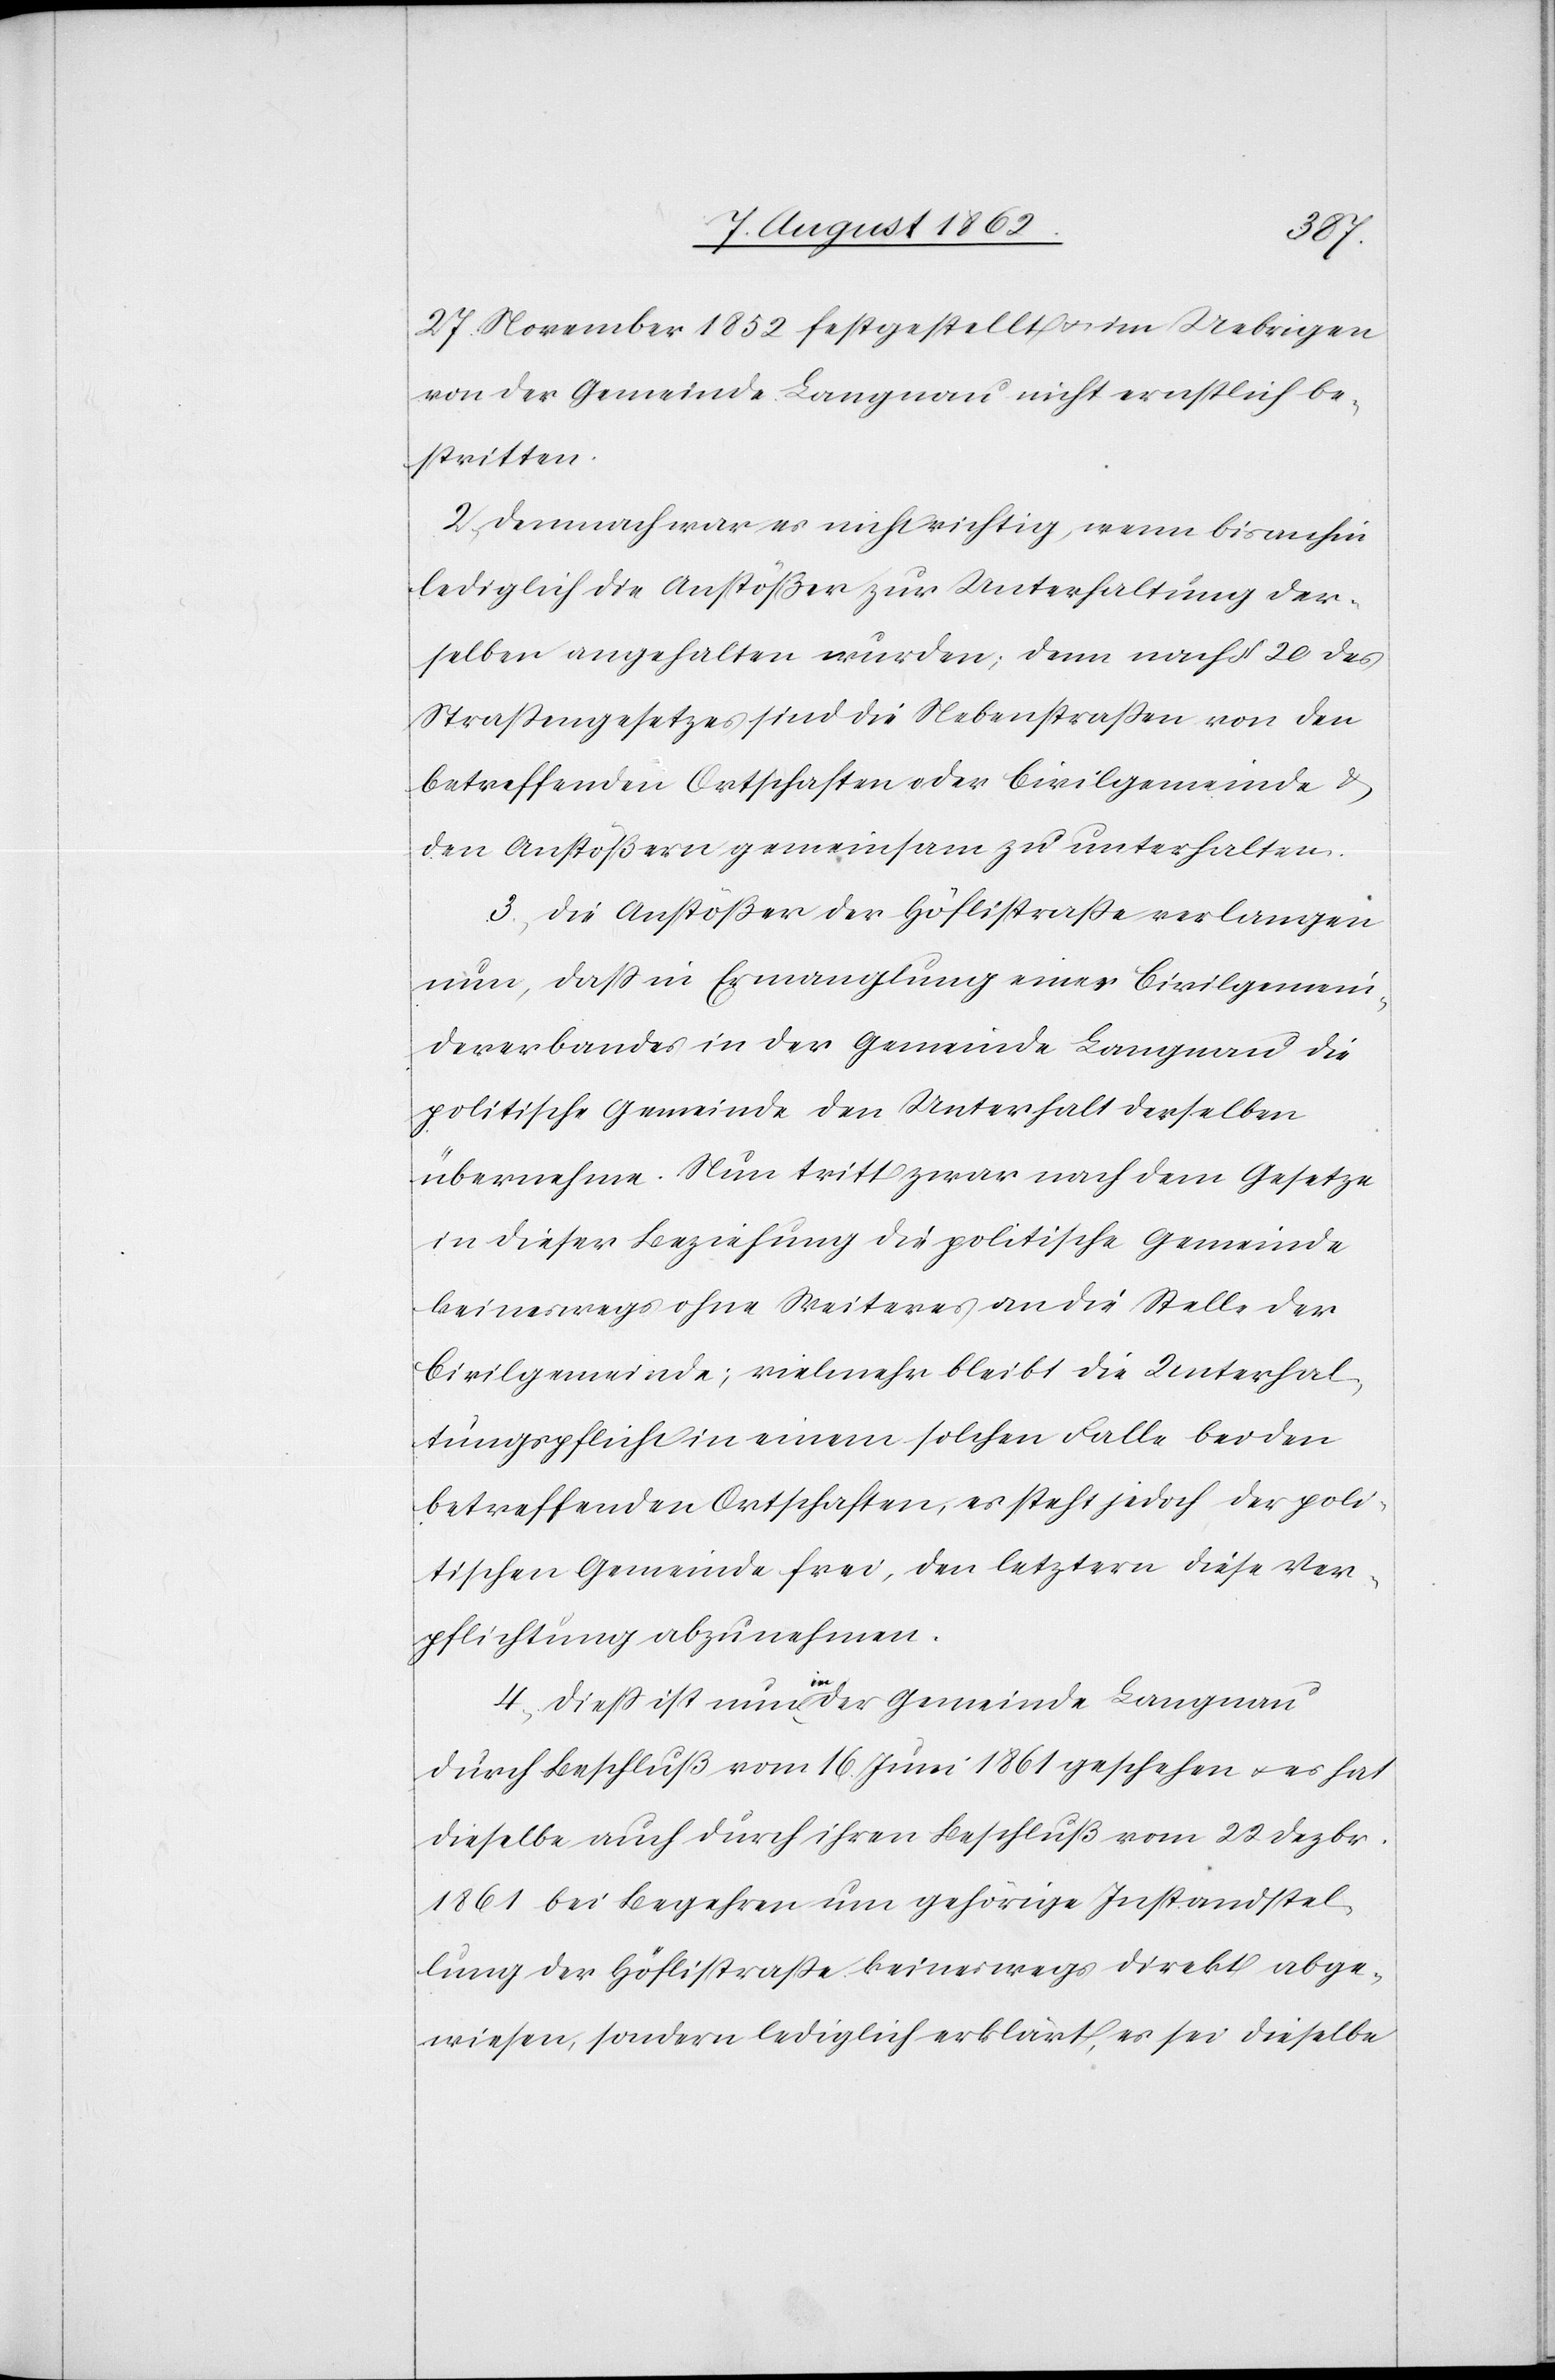
27. November 1852 festgestellt u. im Uebrigen
von der Gemeinde Langnau nicht ernstlich be¬
stritten.
2. Demnach war es nicht richtig, wenn bis anhin
lediglich die Anstößer zur Unterhaltung der¬
selben angehalten wurden, denn nach §. 20 des
Straßengesetzes sind die Nebenstraßen von den
betreffenden Ortschaften oder Civilgemeinde u.
den Anstößern gemeinsam zu unterhalten.
3. Die Anstößer der Höflistraße verlangen
nun, daß in Ermanglung eines Civilgemein¬
deverbandes in der Gemeinde Langnau die
politische Gemeinde den Unterhalt derselben
übernehme. Nun tritt zwar nach dem Gesetze
in dieser Beziehung die politische Gemeinde
keineswegs ohne Weiteres an die Stelle der
Civilgemeinde, vielmehr bleibt die Unterhal¬
tungspflicht in einem solchen Falle bei den
betreffenden Ortschaften, es steht jedoch der poli¬
tischen Gemeinde frei, den letztern diese Ver¬
pflichtung abzunehmen.
4. Dieß ist nun in der Gemeinde Langnau
durch Beschluß vom 16. Jun i 1861 geschehen u. es hat
dieselbe auch durch ihren Beschluß vom 22. Dezbr.
1861 bei Begehren um gehörige Instandstel¬
lung der Höflistraße keineswegs direkt abge¬
wiesen, sondern lediglich erklärt, es sei dieselbe